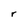
Character: r